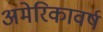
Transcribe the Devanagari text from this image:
अमेरिकावर्ष